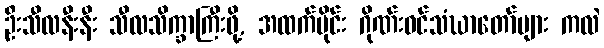
ဦးသီလနီးနီး သီလသိက္ခာကြီးဖို့, အထက်ပိုင်း ဂိုဏ်းဝင်သံဃာတော်များ ကလဲ